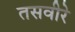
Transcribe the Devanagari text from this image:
तसवीरे